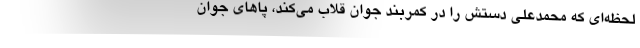
لحظه‌ای که محمدعلی دستش را در کمربند جوان قلاب می‌کند، پاهای جوان